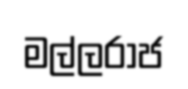
මල්ලරාජ